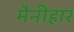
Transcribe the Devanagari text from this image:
मैनीहार